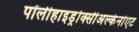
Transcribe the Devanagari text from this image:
पॉलीहाइड्रोक्सीअल्केनोएट